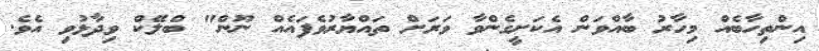
އިންތިހާބެއް މިހާރު ބާއްވަން އެކަށީގެންވާ ވަރަށް ތައްޔާރުވެފައެއް ނޫން" ބްލޭކް ވިދާޅުވި އެވެ.